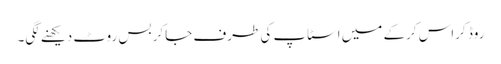
روڈ کراس کرکے میں اسٹاپ کی طرف جاکر بس روٹ دیکھنے لگی۔